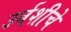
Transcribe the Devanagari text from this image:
उर्वशीचे